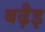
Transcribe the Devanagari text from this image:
बढ़ैइ